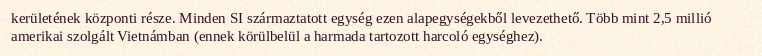
kerületének központi része. Minden SI származtatott egység ezen alapegységekből levezethető. Több mint 2,5 millió amerikai szolgált Vietnámban (ennek körülbelül a harmada tartozott harcoló egységhez).